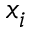
x _ { i }